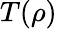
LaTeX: T(\rho)